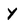
Character: y